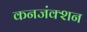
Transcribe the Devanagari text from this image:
कनजंक्शन